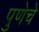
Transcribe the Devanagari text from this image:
पुणेचे